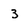
Character: 3